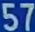
57